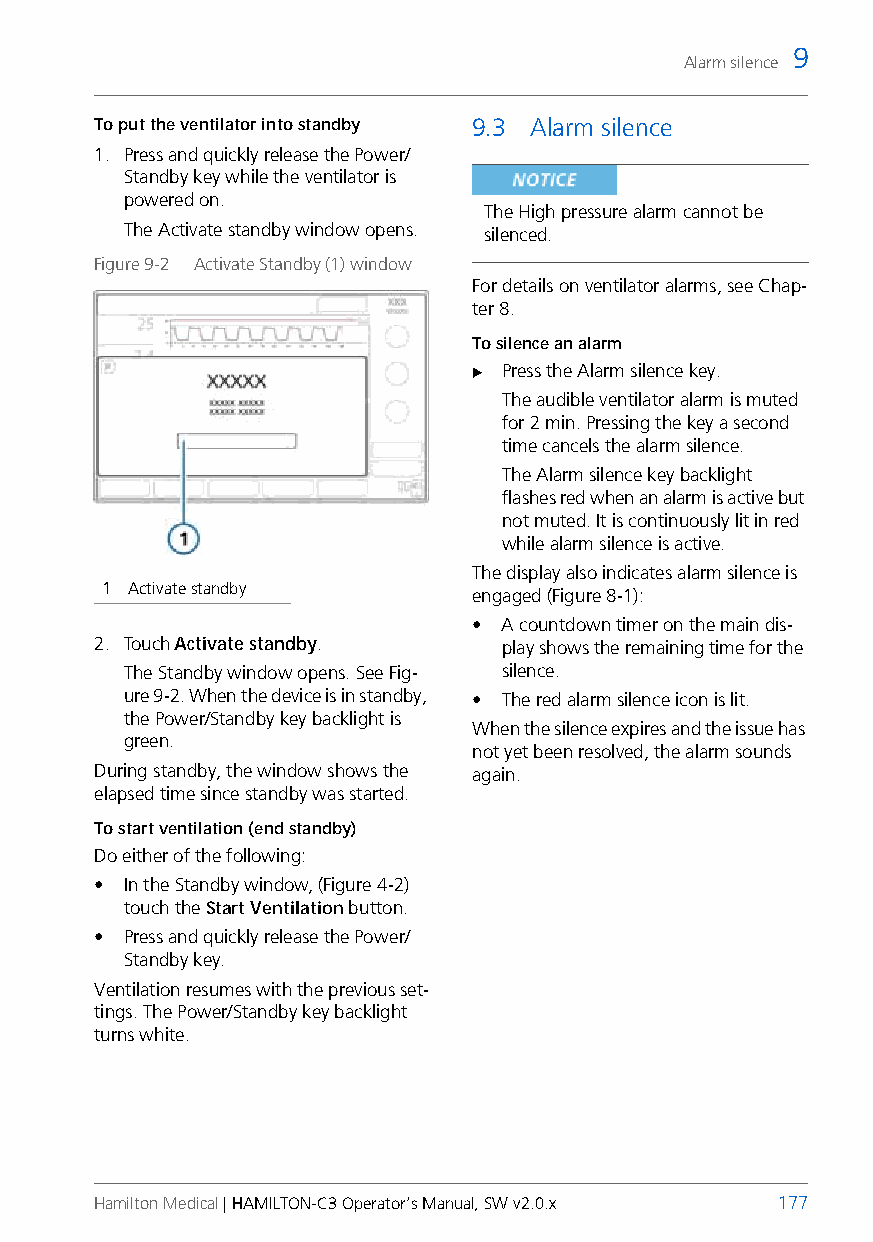
9
 Alarm silence
 To put the ventilator into standby 9.3 Alarm silence
 1. Press and quickly release the Power/
 Standby key while the ventilator is
 powered on.
 The High pressure alarm cannot be
 The Activate standby window opens. silenced.
 Figure 9-2 Activate Standby (1) window
 For details on ventilator alarms, see Chap-
 ter 8.
 To silence an alarm
  Press the Alarm silence key.
 The audible ventilator alarm is muted
 for 2 min. Pressing the key a second
 time cancels the alarm silence.
 The Alarm silence key backlight
 flashes red when an alarm is active but
 not muted. It is continuously lit in red
 while alarm silence is active.
 The display also indicates alarm silence is
 1 Activate standby
 engaged (Figure 8-1):
 • A countdown timer on the main dis-
 2. Touch Activate standby. play shows the remaining time for the
 The Standby window opens. See Fig- silence.
 ure 9-2. When the device is in standby, • The red alarm silence icon is lit.
 the Power/Standby key backlight is
 When the silence expires and the issue has
 green.
 not yet been resolved, the alarm sounds
 During standby, the window shows the again.
 elapsed time since standby was started.
 To start ventilation (end standby)
 Do either of the following:
 • In the Standby window, (Figure4-2)
 touch the Start Ventilation button.
 • Press and quickly release the Power/
 Standby key.
 Ventilation resumes with the previous set-
 tings. The Power/Standby key backlight
 turns white.
 Hamilton Medical | HAMILTON-C3 Operator’s Manual, SW v2.0.x 177